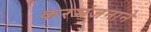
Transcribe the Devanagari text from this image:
करभंजनाने